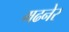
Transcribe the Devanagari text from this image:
मढनेर